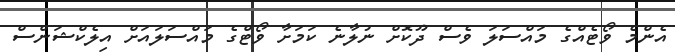
އެންމެ ވޯޓެއްގެ މައްސަލަ ވެސް ދޫކޮށް ނުލާނެ ކަމަށާ ވޯޓްގެ މައްސަލައަށް އިލެކްޝަންސް